Vaccination Hyderabad 1872-1889 - 1872-1889
Year: 1872
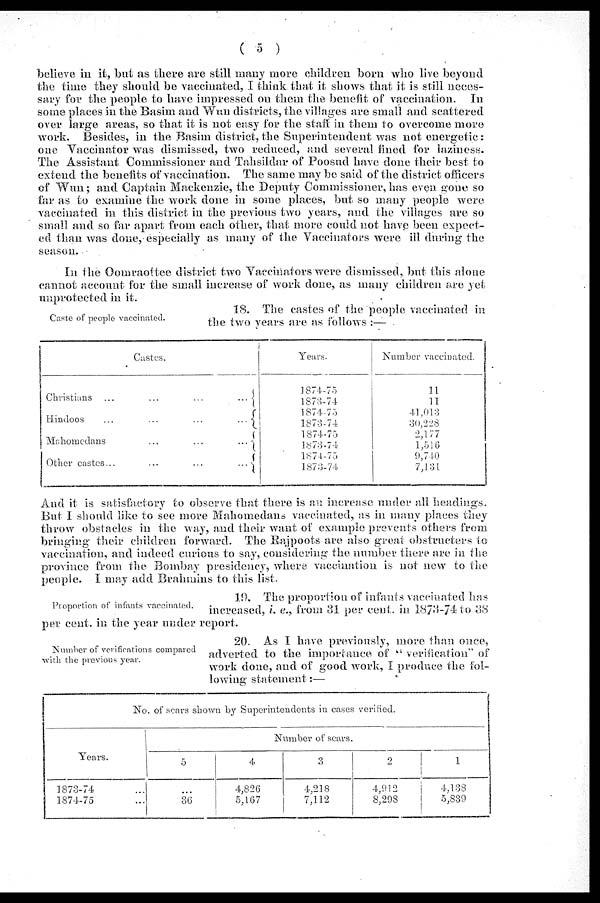
( 5 )
believe in it, but as there are still many more children born who live beyond
the time they should be vaccinated, I think that it shows that it is still neces-
sary for the people to have impressed on them the benefit of vaccination. In
some places in the Basim and Wun districts, the villages are small and scattered
over large areas, so that it is not easy for the staff in them to overcome more
work. Besides, in the Basim district, the Superintendent was not energetic:
one Vaccinator was dismissed, two reduced, and several fined for laziness.
The Assistant Commissioner and Tahsildar of Poosud have done their best to
extend the benefits of vaccination. The same may be said of the district officers
of Wun; and Captain Mackenzie, the Deputy Commissioner,has even gone so
far as to examine the work done in some places, but so many people were
vaccinated in this district in the previous two years, and the villages are so
small and so far apart from each other, that more could not have been expect-
ed than was done, especially as many of the Vaccinators were ill during the
season.
In the Oomraottee district two Vaccinators were dismissed, but this alone
cannot account for the small increase of work done, as many children are yet
unprotected in it.
Caste of people vaccinated.
18. The castes of the people vaccinated in
the two years are as follows :—
Castes.
Christians ...
...
...
...
Hindoos
...
...
...
...
Mahomedans
...
...
...
Other castes...
...
...
...
Years.
1874-75
1873-74
1874-75
1873-74
1874-75
1878-74
1874-75
1878-74
Number vaccinated.
11
11
41,013
30,228
2,177
1,516
9,740
7,131
And it is satisfactory to observe that there is an increase under all headings.
But I should like to see more Mahomedans vaccinated, as in many places they
throw obstacles in the way, and their want of example prevents others from
bringing their children forward. The Rajpoots are also great obstructers to
vaccination, and indeed curious to say, considering the number there are in the
province from the Bombay presidency, where vaccination is not new to the
people. I may add Brahmins to this list.
Proportion of infants vaccinated.
19. The proportion of infants vaccinated has
increased, i. e., from 31 per cent. in 1873-74 to 38
per cent. in the year under report.
Number of verifications compared
with the previous year.
20. As I have previously, more than once,
adverted to the importance of " verification" of
work done, and of good work, I produce the fol-
lowing statement:—
No. of scars shown by Superintendents in cases verified.
Years.
1873-74 ...
1874-75 ...
Number of scars.
5
...
36
4
4,826
5,167
3
4,218
7,112
2
4,912
8,298
1
4,138
5,839